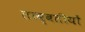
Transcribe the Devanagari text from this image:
ताब्बतीयों